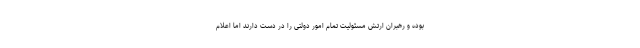
بوده و رهبران ارتش مسئولیت تمام امور دولتی را در دست دارند اما اعلام